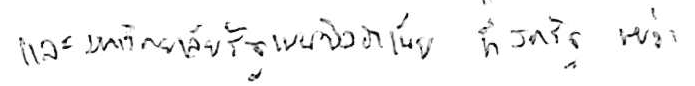
และมหาวิทยาลัยรัฐเพนซิลวาเนีย ที่สหรัฐ พบว่า